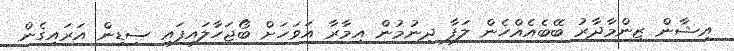
އިޝާން ޒިންމާދާރު ބޭބެއެއްހެން ލަފާ ދިނުމުން އިމާރާ އަވަހަށް ބޯޖަހާލައިފައި ސިޑިން އަރައިގެން